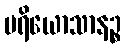
ပရိယောသာနဉ္စ